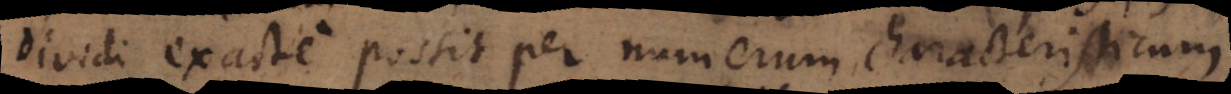
dividi exacte possit per numerum characteristicum